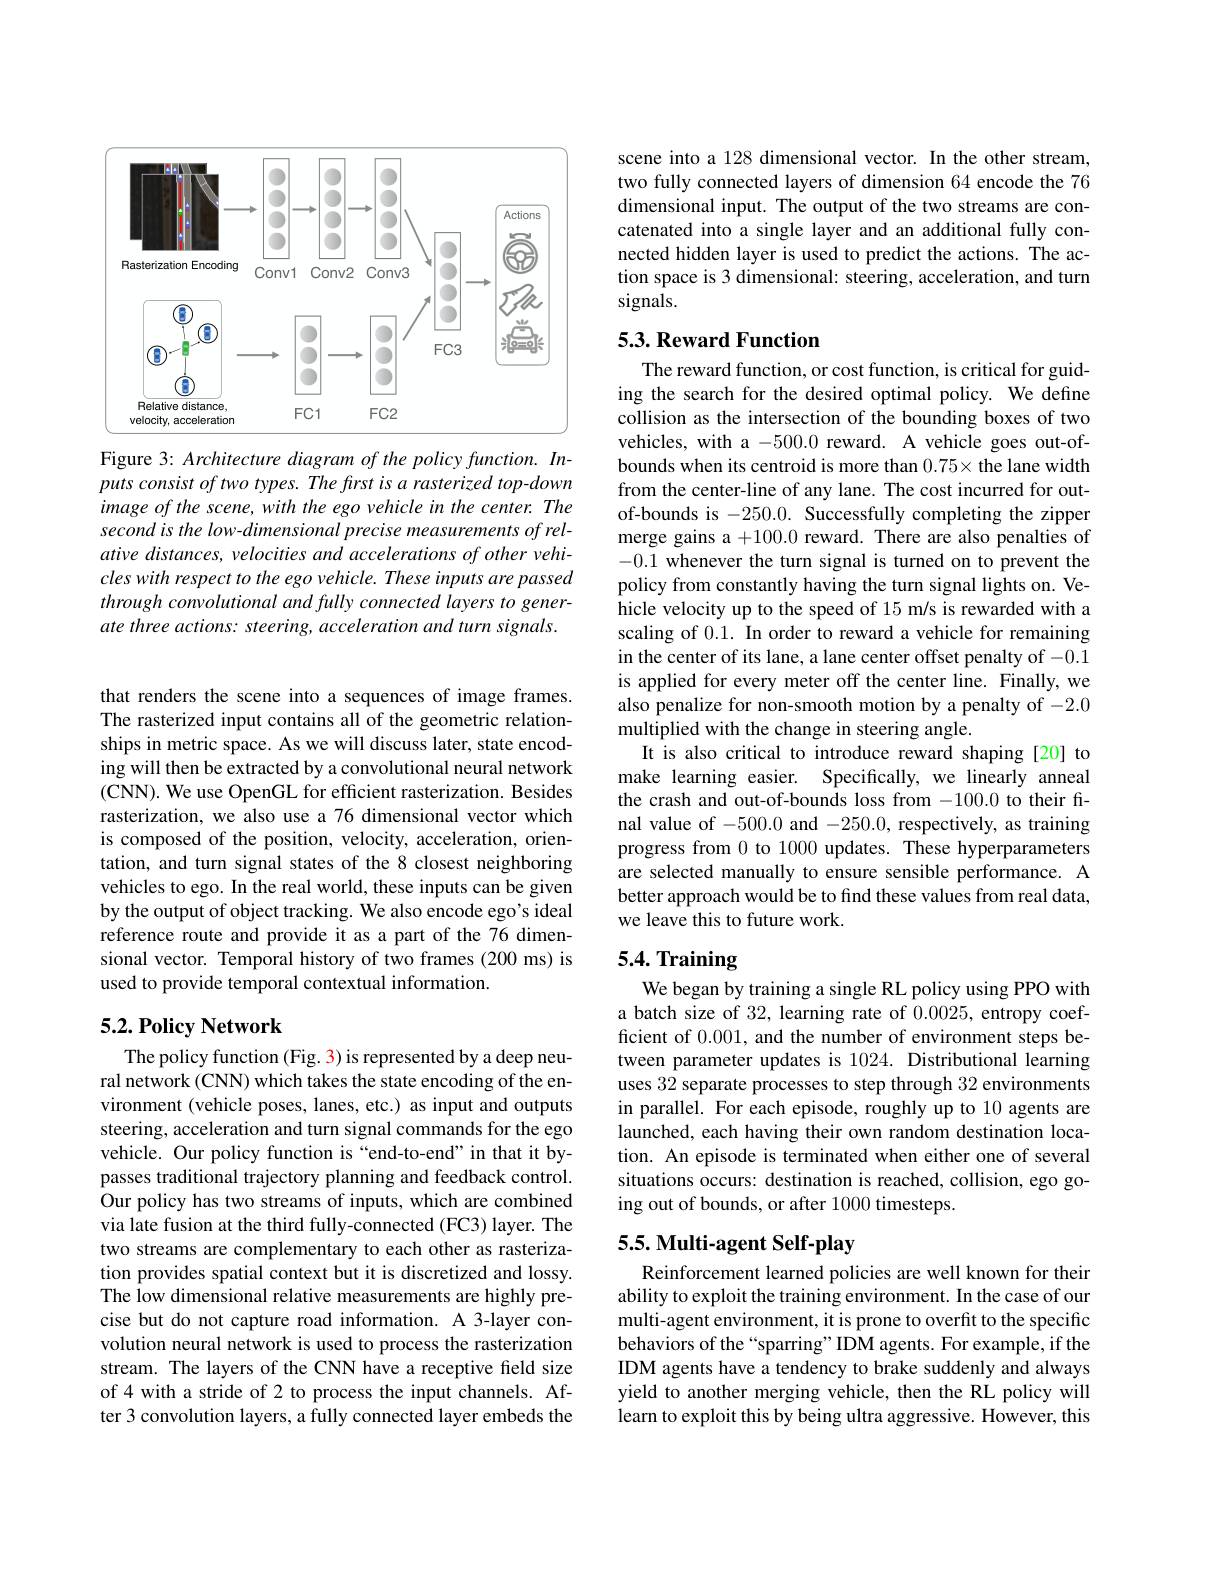
<FigureHere>

Figure 3: Architecture diagram of the policy function. Inputs consist of two types. The frst is a rasterized top-down image of the scene, with the ego vehicle in the center. The second is the low-dimensional precise measurements of relative distances, velocities and accelerations of other vehicles with respect to the ego vehicle. These inputs are passed through convolutional and fully connected layers to generate three actions: steering, acceleration and turn signals.

that renders the scene into a sequences of image frames. The rasterized input contains all of the geometric relationships in metric space. As we will discuss later, state encoding will then be extracted by a convolutional neural network (CNN). We use OpenGL for efficient rasterization. Besides rasterization, we also use a 76 dimensional vector which is composed of the position, velocity, acceleration, orientation, and turn signal states of the 8 closest neighboring vehicles to ego. In the real world, these inputs can be given by the output of object tracking. We also encode ego's ideal reference route and provide it as a part of the 76 dimensional vector. Temporal history of two frames (200 ms) is used to provide temporal contextual information.

## $5. 2. \textbf{Policy Network}$

The policy function (Fig. 3) is represented by a deep neural network (CNN) which takes the state encoding of the environment (vehicle poses, lanes, etc.) as input and outputs steering, acceleration and turn signal commands for the ego vehicle. Our policy function is“end-to-end”in that it bypasses traditional trajectory planning and feedback control. Our policy has two streams of inputs, which are combined via late fusion at the third fully-connected (FC3) layer. The two streams are complementary to each other as rasterization provides spatial context but it is discretized and lossy. The low dimensional relative measurements are highly precise but do not capture road information. A 3-layer convolution neural network is used to process the rasterization stream. The layers of the CNN have a receptive field size of4 with a stride of 2 to process the input channels. After 3 convolution layers, a fully connected layer embeds the

scene into a 128 dimensional vector. In the other stream, two fully connected layers of dimension 64 encode the 76 dimensional input. The output of the two streams are concatenated into a single layer and an additional fully connected hidden layer is used to predict the actions. The action space is 3 dimensional: steering, acceleration, and turn signals.

## 5.3. Reward Function

The reward function, or cost function, is critical for guiding the search for the desired optimal policy. We define collision as the intersection of the bounding boxes of two vehicles, with a -500.0 reward. A vehicle goes out-ofbounds when its centroid is more than $0.75\times$ the lane width from the center-line of any lane. The cost incurred for outof-bounds is -250.0. Successfully completing the zipper merge gains a +100.0 reward. There are also penalties of -0.1 whenever the turn signal is turned on to prevent the policy from constantly having the turn signal lights on. Vehicle velocity up to the speed of 15 m/s is rewarded with a scaling of 0.1. In order to reward a vehicle for remaining in the center of its lane, a lane center offset penalty of -0.1 is applied for every meter off the center line. Finally, we also penalize for non-smooth motion by a penalty of -2.0 multiplied with the change in steering angle.
It is also critical to introduce reward shaping [20] to make learning easier. Specifically, we linearly anneal the crash and out-of-bounds loss from -100.0 to their final value of -500.0 and -250.0, respectively, as training progress from 0 to 1000 updates. These hyperparameters are selected manually to ensure sensible performance. A better approach would be to find these values from real data, we leave this to future work.

# 5.4. Training

We began by training a single RL policy using PPO with a batch size of 32, learning rate of 0.0025, entropy coefficient of 0.001, and the number of environment steps between parameter updates is 1024. Distributional learning uses $\hat{32}$ separate processes to step through 32 environments in parallel. For each episode, roughly up to 10 agents are launched, each having their own random destination location. An episode is terminated when either one of several situations occurs: destination is reached, collision, ego going out of bounds, or after 1000 timesteps.

## 5.5. Multi-agent Self-play

Reinforcement learned policies are well known for their ability to exploit the training environment. In the case of our multi-agent environment, it is prone to overfit to the specific behaviors of the“sparring”IDM agents. For example, if the IDM agents have a tendency to brake suddenly and always yield to another merging vehicle, then the RL policy will learn to exploit this by being ultra aggressive. However, this